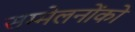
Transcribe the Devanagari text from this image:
सम्मेलनोंको